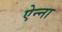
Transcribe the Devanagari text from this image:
ऐन्ना